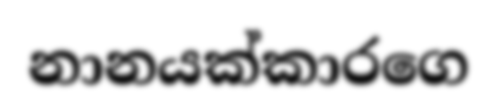
නානයක්කාරගෙ